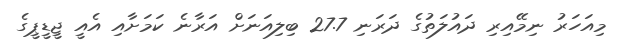
މިއަހަރު ނިމޭއިރި ދައުލަތުގެ ދަރަނި 27.7 ބިލިއަނަށް އަރާނެ ކަމަށާއި އެއީ ޖީޑީޕީގެ